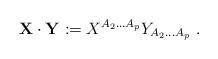
LaTeX: \begin{align*}{\bf X}\cdot{\bf Y} := X^{A_2...A_p}Y_{A_2...A_p}\ .\end{align*}